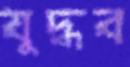
যুদ্ধব